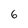
Character: 6